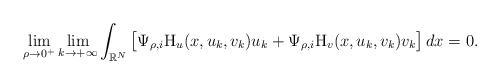
\begin{align*} \lim_{\rho\to 0^{+}}\lim_{k \to +\infty} \int_{\mathbb{R}^{N}}\big[\Psi_{\rho,i}\mathrm{H}_{u}(x,u_k,v_k)u_k+ \Psi_{\rho,i}\mathrm{H}_{v}(x,u_k,v_k)v_k\big]\,dx=0.\end{align*}